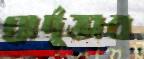
প্রার্দুভাব